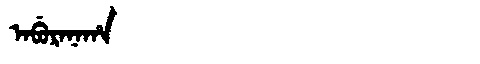
Manchu: ᠠᠪᡠᡵᠠᠨᠠᡥᠠ
Romanization: ABURANAHA